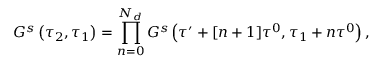
G ^ { s } \left( \tau _ { 2 } , \tau _ { 1 } \right) = \prod _ { n = 0 } ^ { N _ { d } } G ^ { s } \left( \tau ^ { \prime } + [ n + 1 ] \tau ^ { 0 } , \tau _ { 1 } + n \tau ^ { 0 } \right) ,